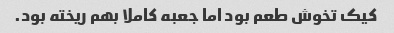
کیک تخوش طعم بود اما جعبه کاملا بهم ریخته بود.